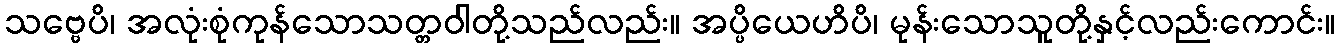
သဗ္ဗေပိ၊ အလုံးစုံကုန်သောသတ္တဝါတို့သည်လည်း။ အပ္ပိယေဟိပိ၊ မုန်းသောသူတို့နှင့်လည်းကောင်း။